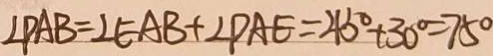
\angle P A B = \angle E A B + \angle P A E = 4 5 ^ { \circ } + 3 0 ^ { \circ } = 7 5 ^ { \circ }